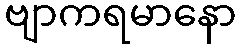
ဗျာကရမာနော